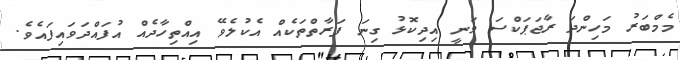
މެމްބަރު މަހިންދަ ރާޖަޕަކްސަ ވަނީ އިދިކޮޅު ގިނަ ފަރާތްތަކެއް އެކުލެވޭ އިއްތިހާދެއް އުފައްދަވައިފައެވެ.